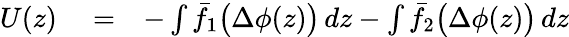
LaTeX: \begin{array}{rlr}{U(z)}&{{}=}&{-\int{\bar{f}}_{1}\big(\Delta\phi(z)\big)\, dz-\int{\bar{f}}_{2}\big(\Delta\phi(z)\big)\, dz}\end{array}